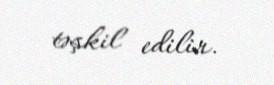
təşkil edilir.